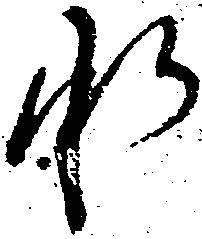
承